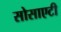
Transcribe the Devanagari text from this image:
सोसाएटी